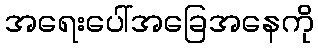
အရေးပေါ်အခြေအနေကို